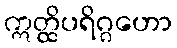
ဣတ္ထိပရိဂ္ဂဟော